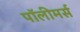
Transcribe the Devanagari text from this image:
पॉलीमर्स